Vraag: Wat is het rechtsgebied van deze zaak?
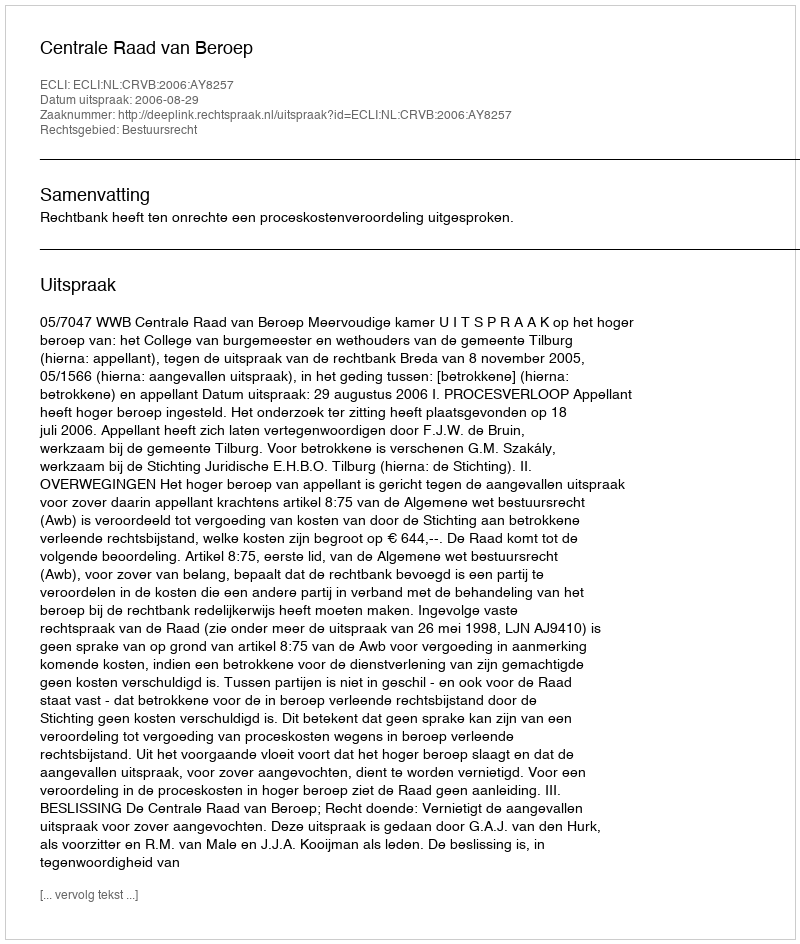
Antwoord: Bestuursrecht